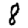
Digit: 8